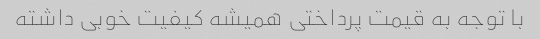
با توجه به قیمت پرداختی همیشه کیفیت خوبی داشته